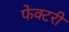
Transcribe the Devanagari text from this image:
फेक्टरी